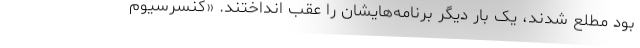
بود مطلع شدند، یک بار دیگر برنامه‌هایشان را عقب انداختند. «کنسرسیوم